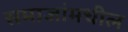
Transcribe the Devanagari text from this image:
समाजांमधील